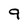
Character: 9